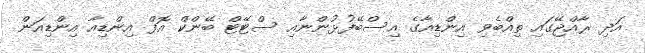
އަދި ރާއްޖޭގައި ތިއްބެވި އިންޑިއާގެ އިސްބޭފުޅުންނާއި ސްޓޭޓް ބޭންކް އޮފް އިންޑިއާ އިންޑިއަން